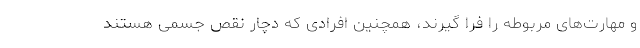
و مهارت‌های مربوطه را فرا گیرند، همچنین افرادی که دچار نقص جسمی هستند